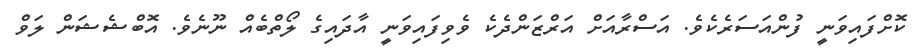
ކޮށްފައިވަނީ ފުންއަސަރެކެވެ. އަސްރާއަށް އަރްޒަންދެކެ ވެވިފައިވަނީ އާދައިގެ ލޯތްބެއް ނޫނެވެ. އޮބްޝެޝަން ލަވް